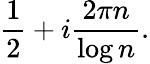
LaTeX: {\frac{1}{2}}+i{\frac{2\pi n}{\log n}}.